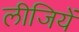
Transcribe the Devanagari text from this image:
लीजियें